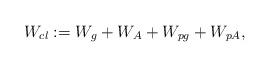
\begin{align*}W_{cl} : = W_g + W_A + W_{pg} + W_{pA},\end{align*}